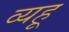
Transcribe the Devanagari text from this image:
व्यहू